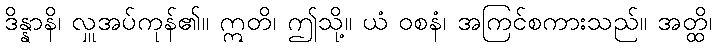
ဒိန္နာနိ၊ လှူအပ်ကုန်၏။ ဣတိ၊ ဤသို့။ ယံ ဝစနံ၊ အကြင်စကားသည်။ အတ္ထိ၊